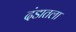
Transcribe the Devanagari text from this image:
दंडातला